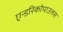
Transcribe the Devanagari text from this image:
एन्डरिकोपाउलस